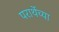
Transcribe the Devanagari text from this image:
परार्थेच्या